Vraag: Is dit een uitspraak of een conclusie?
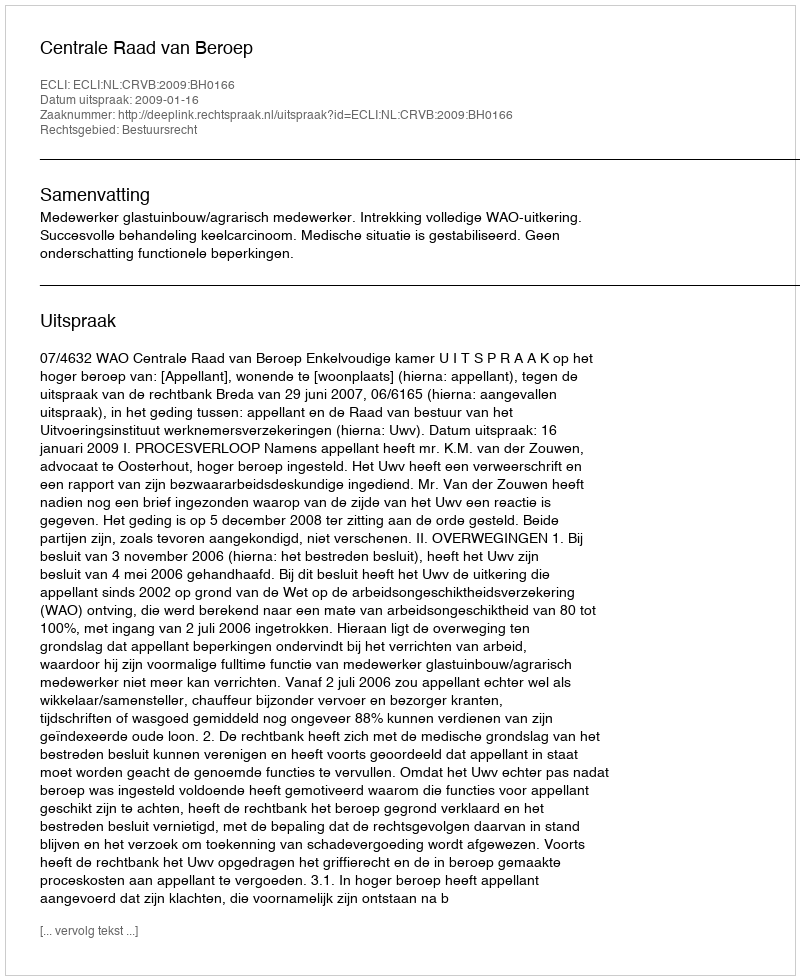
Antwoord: Uitspraak